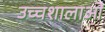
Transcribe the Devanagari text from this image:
उच्चशालाओं